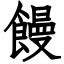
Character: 饅